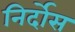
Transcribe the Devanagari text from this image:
निर्दोस